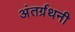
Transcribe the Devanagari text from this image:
अंतर्ग्रथनी